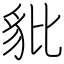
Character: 豼